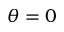
\theta = 0